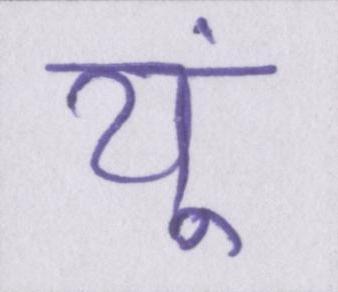
यूं